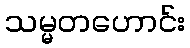
သမ္မတဟောင်း